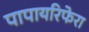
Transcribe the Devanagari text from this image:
पापायरिफेरा